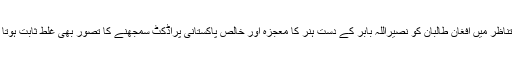
اس تناظر میں افغان طالبان کو نصیراللہ بابر کے دست ہنر کا معجزہ اور خالص پاکستانی پراڈکٹ سمجھنے کا تصور بھی غلط ثابت ہوتا ہے۔